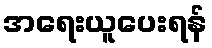
အရေးယူပေးရန်